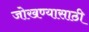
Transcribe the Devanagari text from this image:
जोखण्यासाठी